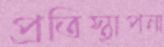
প্রতিস্থাপনা